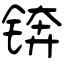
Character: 锛